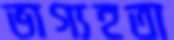
ভাগ্যহতা